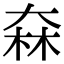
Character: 㚞